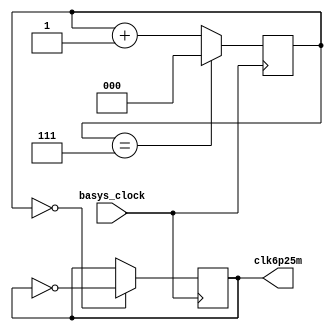
`timescale 1ns / 1ps
//////////////////////////////////////////////////////////////////////////////////
// Company: 
// Engineer: 
// 
// Design Name: 
// Module Name: clk_oled
// Project Name: 
// Target Devices: 
// Tool Versions: 
// Description: 
// 
// Dependencies: 
// 
// Revision:
// Revision 0.01 - File Created
// Additional Comments:
// 
//////////////////////////////////////////////////////////////////////////////////


module clk_oled (input basys_clock, output reg clk6p25m = 0);

reg [2:0] count = 0; // this N gives you the minimum frequency

always @(posedge basys_clock) begin

    count <= (count == 7)?0:count + 1;
    clk6p25m <= (count==0)?~clk6p25m:clk6p25m;   

end

endmodule